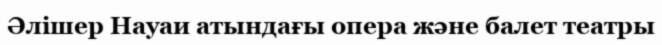
Әлішер Науаи атындағы опера және балет театры